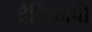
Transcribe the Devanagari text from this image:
दैनिकांची